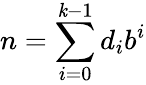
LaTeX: n=\sum_{i=0}^{\mathit{k}-1}d_{i}b^{i}